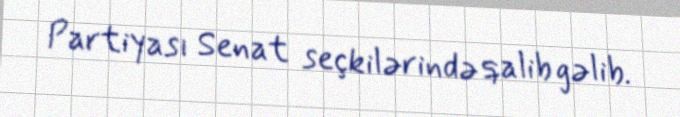
Partiyası Senat seçkilərində qalib gəlib.